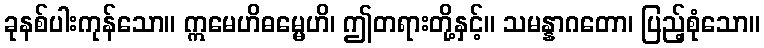
ခုနစ်ပါးကုန်သော။ ဣမေဟိဓမ္မေဟိ၊ ဤတရားတို့နှင့်။ သမန္နာဂတော၊ ပြည့်စုံသော။